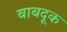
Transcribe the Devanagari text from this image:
बाबदूक